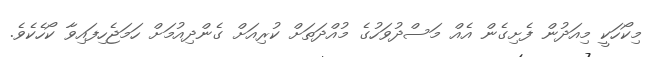
މިކޯހަކީ މިއަދުން ފެށިގެން އެއް މަސްދުވަހުގެ މުއްދަތަށް ކުރިއަށް ގެންދިއުމަށް ހަމަޖެހިފައިވާ ކޯހެކެވެ.